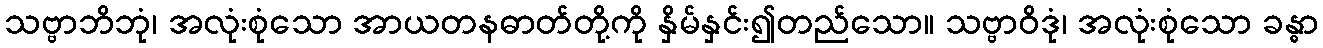
သဗ္ဗာဘိဘုံ၊ အလုံးစုံသော အာယတနဓာတ်တို့ကို နှိမ်နှင်း၍တည်သော။ သဗ္ဗာဝိဒုံ၊ အလုံးစုံသော ခန္ဓာ